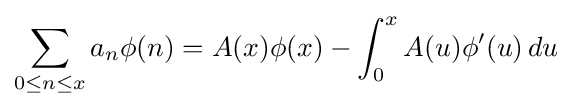
\sum _{0\leq n\leq x}a_{n}\phi (n)=A(x)\phi (x)-\int _{0}^{x}A(u)\phi '(u)\,du